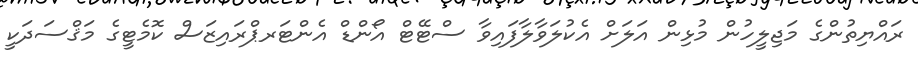
ރައްޔިތުންގެ މަޖިލީހުން މުޅިން އަލަށް އެކުލަވާލާފައިވާ ސްޓޭޓް އޯންޑް އެންޓަރޕްރައިޒަސް ކޮމެޓީގެ މަޤްސަދަކީ